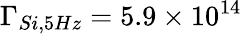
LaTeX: \Gamma_{Si,5Hz}=5.9\times 10^{14}